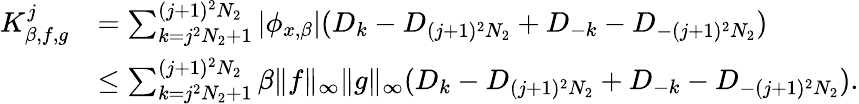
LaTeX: \begin{array}{rl}{K_{\beta,f,g}^{j}}&{=\sum_{k=j^{2}N_{2}+1}^{(j+1)^{2}N_{2}}|\phi_{x,\beta}|(D_{k}-D_{(j+1)^{2}N_{2}}+D_{-k}-D_{-(j+1)^{2}N_{2}})}\\ &{\leq\sum_{k=j^{2}N_{2}+1}^{(j+1)^{2}N_{2}}\beta\| f\| _{\infty}\| g\| _{\infty}(D_{k}-D_{(j+1)^{2}N_{2}}+D_{-k}-D_{-(j+1)^{2}N_{2}}).}\end{array}